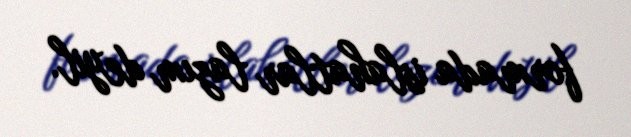
formada islahatlar lazım deyil.